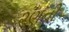
૨ણની